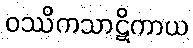
ဝဿိကသာဋိကာယ